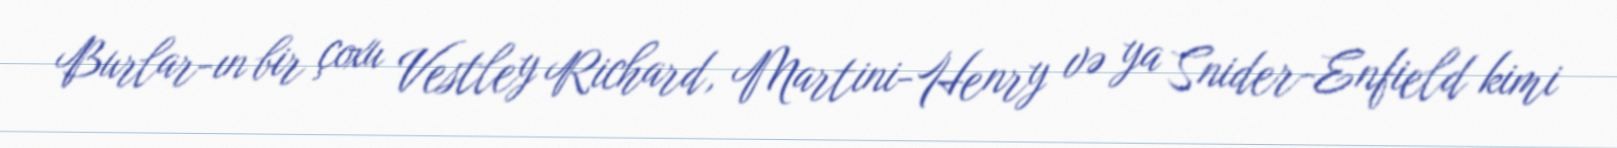
Burlar-ın bir çoxu Vestley Richard, Martini-Henry və ya Snider-Enfield kimi